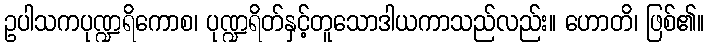
ဥပါသကပုဏ္ဍရိကောစ၊ ပုဏ္ဍရိတ်နှင့်တူသောဒါယကာသည်လည်း။ ဟောတိ၊ ဖြစ်၏။